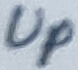
Text: Up